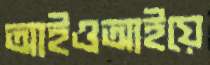
আইওআইয়ে